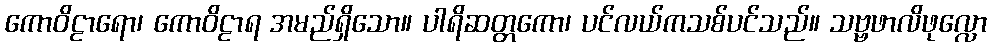
ကောဝိဠာရော၊ ကောဝိဠာရ အမည်ရှိသော။ ပါရိဆတ္တကော၊ ပင်လယ်ကသစ်ပင်သည်။ သဗ္ဗဖာလိဖုလ္လော